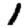
Digit: 1